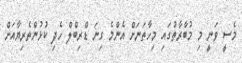
މެސީ ވަނީ މި މުބާރާތުގައި މިހާތަނަށް އެންމެ ގިނަ ޑްރިބްލް ހެދި ކުޅުންތެރިޔާއަށް